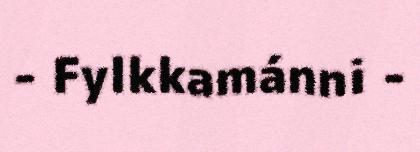
- Fylkkamánni -